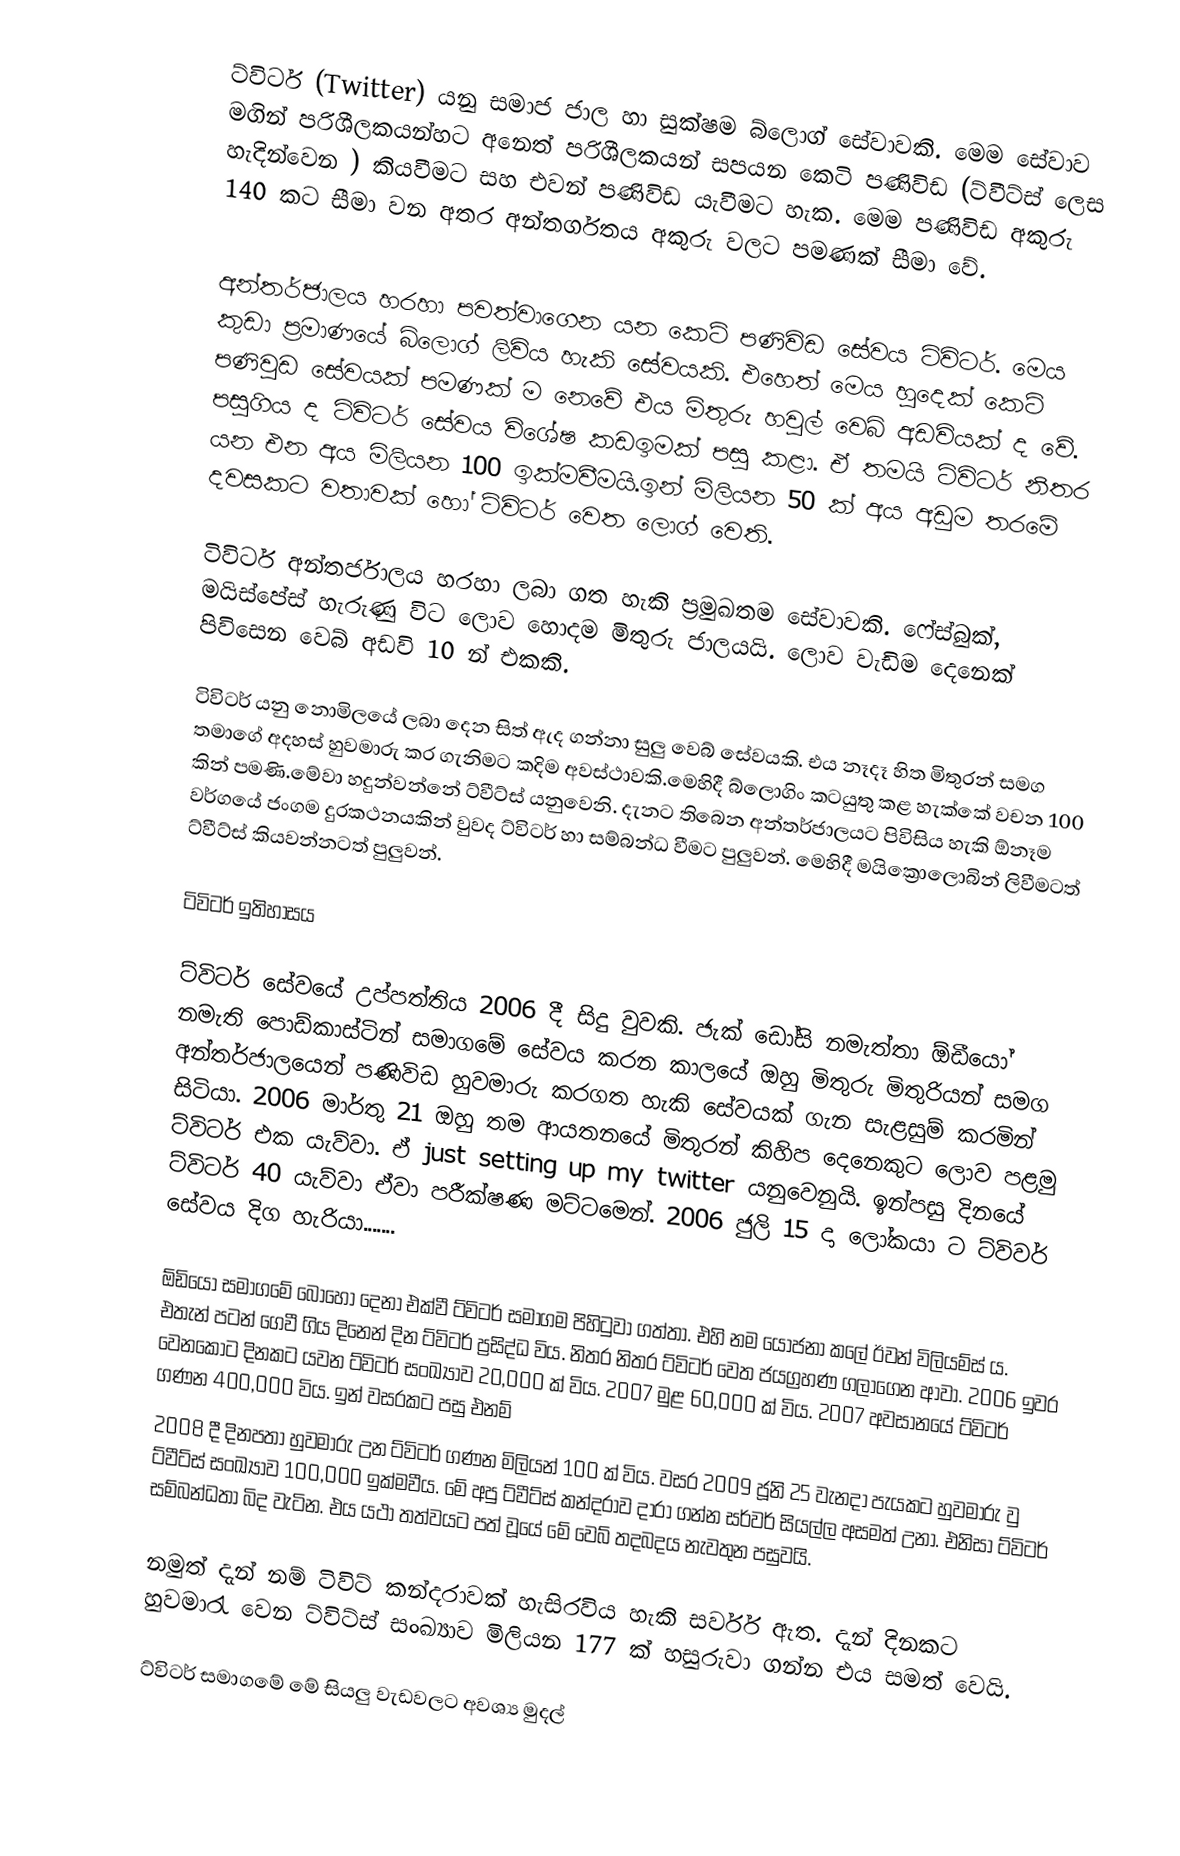
ට්විටර් (Twitter) යනු සමාජ ජාල හා සුක්ෂම බ්ලොග් සේවාවකි. මෙම සේවාව මගින් පරිශීලකයන්හට අනෙත් පරිශීලකයන් සපයන කෙටි පණිවිඩ (ට්වීට්ස් ලෙස හැදින්වෙන ) කියවීමට සහ එවන් පණිවිඩ යැවීමට හැක. මෙම පණිවිඩ අකුරු 140 කට සීමා වන අතර අන්තර්ගතය අකුරු වලට පමණක් සීමා වේ.

අන්තර්ජාලය හරහා පවත්වාගෙන යන කෙටි පණිවිඩ සේවය ට්විටර්. මෙය කුඩා ප්‍රමාණයේ බ්ලොග් ලිවිය හැකි සේවයකි. එහෙත් මෙය හුදෙක් කෙටි පණිවුඩ සේවයක් පමණක් ම නෙවේ එය මිතුරු හවුල් වෙබ් අඩවියක් ද වේ. පසුගිය ද ට්විටර් සේවය විශේෂ කඩඉමක් පසු කළා. ඒ තමයි ට්විටර් නිතර යන එන අය මිලියන 100 ඉක්මවීමයි.ඉන් මිලියන 50 ක් අය අඩුම තරමේ දවසකට වතාවක් හෝ ටිවිටර් වෙත ලොග් වෙති.

ටිවිටර් අන්තර්ජාලය හරහා ලබා ගත හැකි ප්‍රමුඛතම සේවාවකි. ෆේස්බුක්, මයිස්පේස් හැරුණු විට ලොව හොදම මිතුරු ජාලයයි. ලොව වැඩිම දෙනෙක් පිවිසෙන වෙබ් අඩවි 10 න් එකකි.

ටිවිටර් යනු නොමිලයේ ලබා දෙන සිත් ඇද ගන්නා සුලු වෙබ් සේවයකි. එය නෑදෑ හිත මිතුරන් සමග තමාගේ අදහස් හුවමාරු කර ගැනිමට කදිම අවස්ථාවකි.මෙහිදී බ්ලොගිං කටයුතු කළ හැක්කේ වචන 100 කින් පමණි.මේවා හදුන්වන්නේ ට්වීට්ස් යනුවෙනි. දැනට තිබෙන අන්තර්ජාලයට පිවිසිය හැකි ඕනෑම වර්ගයේ ජංගම දුරකථනයකින් වුවද ට්විටර් හා සම්බන්ධ වීමට පුලුවන්. මෙහිදී මයික්‍රොලොබින් ලිවීමටත් ට්වීට්ස් කියවන්නටත් පුලුවන්.

ටිවිටර් ඉතිහාසය

ට්විටර් සේවයේ උප්පත්තිය 2006 දී සිදු වුවකි. ජැක් ඩෝසි නමැත්තා ඕඩීයෝ නමැති පොඩ්කාස්ටින් සමාගමේ සේවය කරන කාලයේ ඔහු මිතුරු මිතුරියන්  සමග අන්තර්ජාලයෙන් පණිවිඩ හුවමාරු කරගත හැකි සේවයක් ගැන සැළසුම් කරමින් සිටියා. 2006 මාර්තු 21 ඔහු තම ආයතනයේ මිතුරන් කිහිප දෙනෙකුට ලොව පළමු ට්විටර් එක යැව්වා. ඒ just setting up my twitter යනුවෙනුයි. ඉන්පසු දිනයේ ට්විටර් 40 යැව්වා ඒවා පරීක්ෂණ මට්ටමෙන්. 2006 ජුලි 15 දා ලෝකයා ට ට්විවර් සේවය දිග හැරියා.......

ඕඩියෝ සමාගමේ බොහෝ දෙනා එක්වී ට්විටර් සමාගම පිහිටුවා ගත්තා. එහි නම යෝජනා කලේ ඊවන් විලියම්ස් ය. එතැන් පටන් ගෙවී ගිය දිනෙන් දින ට්විටර් ප්‍රසිද්ධ විය. නිතර නිතර ට්විටර් වෙත ජයග්‍රහණ ගලාගෙන ආවා. 2006 ඉවර වෙනකොට දිනකට යවන ට්විටර් සංඛ්‍යාව 20,000 ක් විය. 2007 මුළ 60,000 ක් විය. 2007 අවසානයේ ට්විටර් ගණන 400,000 විය. ඉන් වසරකට පසු එනම්
2008 දී දිනපතා හුවමාරු උන ට්විටර් ගණන මිලියන් 100 ක් විය. වසර 2009 ජූනි 25 වැනදා පැයකට හුවමාරු වු ට්වීට්ස් සංඛ්‍යාව 100,000 ඉක්මවීය. මේ අපු ට්වීට්ස් කන්දරාව දාරා ගන්න සර්වර් සියල්ල අසමත් උනා. එනිසා ට්විටර් සම්බන්ධතා බිද වැටින. එය යථා තත්වයට පත් වූයේ මේ වෙබ් තදබදය නැවතුන පසුවයි.

නමුත් දැන් නම් ටිවිට් කන්දරාවක් හැසිරවිය හැකි සර්වර් ඇත. දැන් දිනකට හුවමාරැ වෙන ට්විට්ස් සංඛ්‍යාව මිලියන 177 ක් හසුරුවා ගන්න එය සමත් වෙයි.

ට්විටර් සමාගමේ මේ සියලු වැඩවලට අවශ්‍ය මුදල්